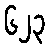
၆၂၃